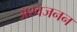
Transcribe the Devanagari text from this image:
अश्वजनन